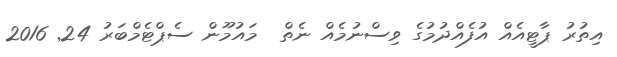
އިތުރު ޕާޓީއެއް އުފެއްދުމުގެ ވިސްނުމެއް ނެތް  މައުމޫން ސެޕްޓެމްބަރު 24